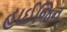
હાઈજિન